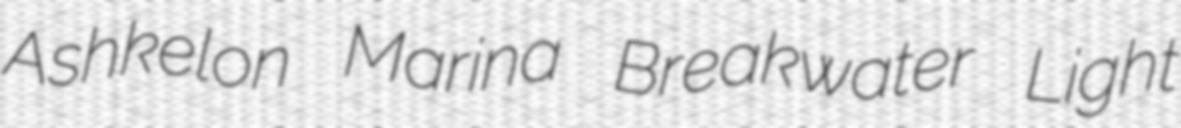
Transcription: Ashkelon Marina Breakwater Light